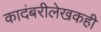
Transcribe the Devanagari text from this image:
कादंबरीलेखकही